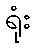
ရုံး